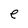
Character: e